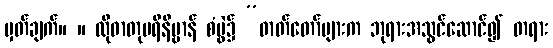
မှတ်ချက်။ ။ ထိုဓာတုပရိနိဗ္ဗာန် စံပွဲ၌ ”ဓာတ်တော်များက ဘုရားအသွင်ဆောင်၍ တရား